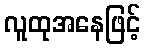
လူထုအနေဖြင့်